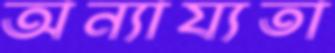
অন্যায্যতা